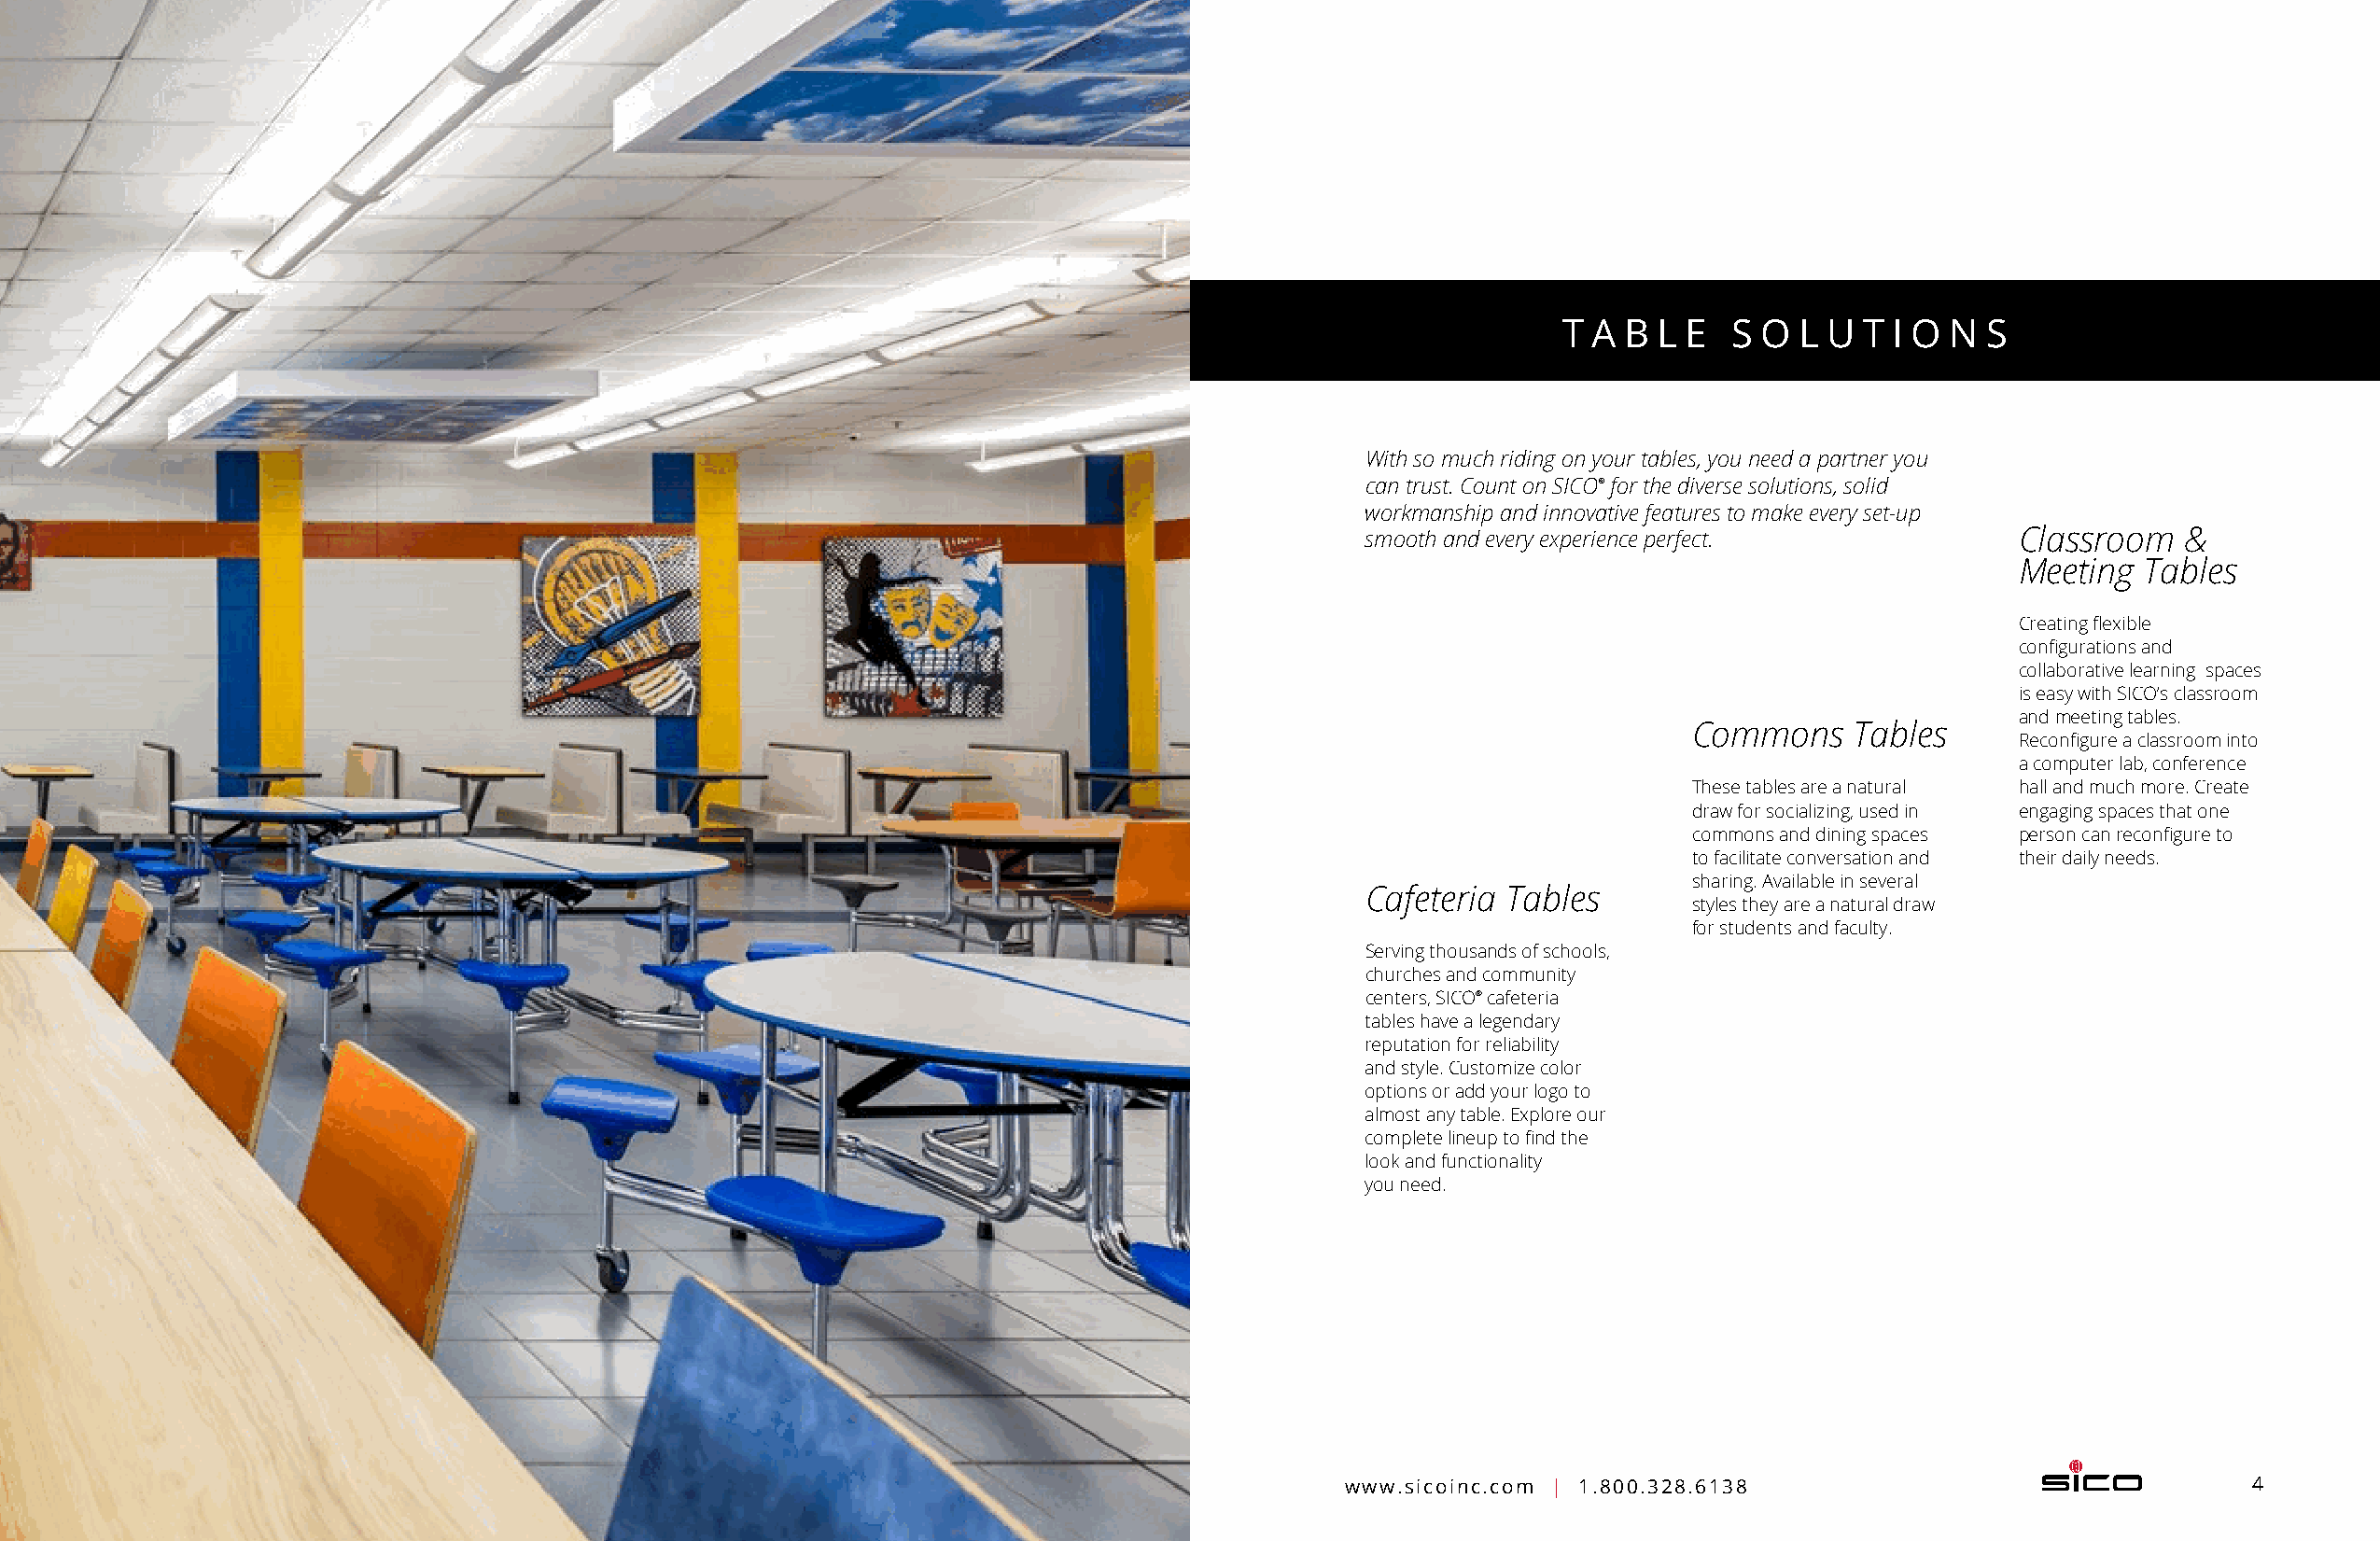
T A B  L E  S O  L U T I O N  S
 With so much riding on your tables, you need a partner you
 can trust. Count on SICO® for the diverse solutions, solid
 workmanship and innovative features to make every set-up
 smooth and every experience perfect.          Classroom   &
 Meeting  Tables
 Creating flexible
 configurations and
 collaborative learning spaces
 is easy with SICO’s c lassroom
 and meeting t ables.
 Commons    Tables
 Reconfigure a c lassroom into
 a computer lab, conference
 These tables are a natural hall and much more. Create
 draw for socializing, used in engaging s paces that one
 commons and dining spaces person can r econfigure to
 to facilitate conversation and their daily needs.
 sharing. Available in several
 Cafeteria Tables
 styles they are a natural draw
 for students and faculty.
 Serving thousands of schools,
 churches and c ommunity
 centers, SICO® cafeteria
 tables have a legendary
 reputation for reliability
 and style. C ustomize color
 options or add your logo to
 almost any table. E xplore our
 complete lineup to find the
 look and f unctionality
 you need.
 www.sicoinc.com | 1.800.328.6138                                 4